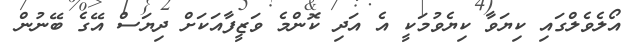
އޯލެވެލްގައި ކިޔަވާ ކިޔެވުމަކީ އެ އަދި ކޮންމެ ވަޒީފާއަކަށް ދިޔަސް އޭގެ ބޭނުން